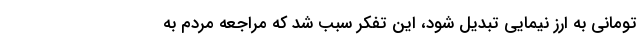
تومانی به ارز نیمایی تبدیل شود، این تفکر سبب شد که مراجعه مردم به